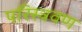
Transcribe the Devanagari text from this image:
परिस्त्रवण